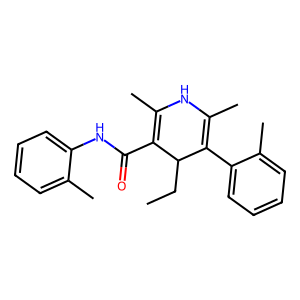
SMILES: CCC1C(C(=O)Nc2ccccc2C)=C(C)NC(C)=C1c1ccccc1C
Inhibits HIV replication: No